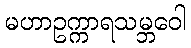
မဟာဥက္ကာရသမ္ဘဝေါ